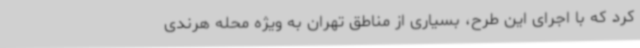
کرد که با اجرای این طرح، بسیاری از مناطق تهران به ویژه محله هرندی